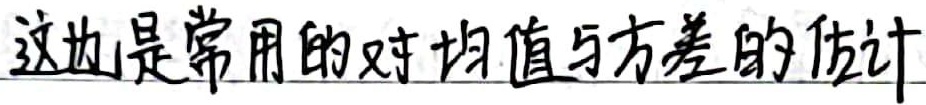
这也是常用的对均值与方差的估计